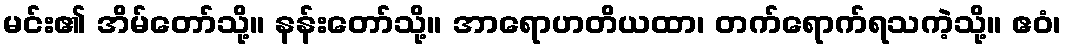
မင်း၏ အိမ်တော်သို့။ နန်းတော်သို့။ အာရောဟတိယထာ၊ တက်ရောက်ရသကဲ့သို့။ ဧဝံ၊